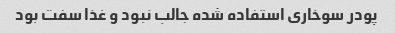
پودر سوخاری استفاده شده جالب نبود و غذا سفت بود